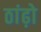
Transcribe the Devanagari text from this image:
ठांढ़ो